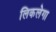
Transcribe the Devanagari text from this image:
लिकलेगा